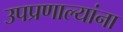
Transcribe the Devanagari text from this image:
उपप्रणाल्यांना